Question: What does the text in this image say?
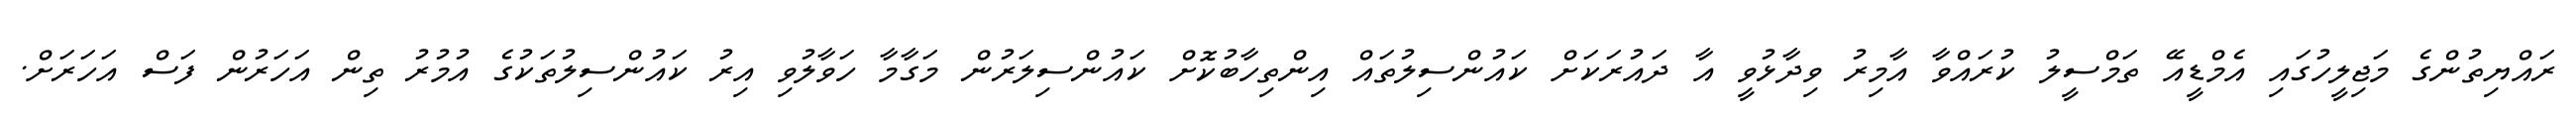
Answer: ރައްޔިތުންގެ މަޖިލީހުގައި އެމްޑީއޭ ތަމްސީލު ކުރައްވާ އާމިރު ވިދާޅުވީ އާ ދައުރަކަށް ކައުންސިލުތައް އިންތިހާބުކޮށް ކައުންސިލަރުން މަގާމާ ހަވާލުވި އިރު ކައުންސިލުތަކުގެ އުމުރު ތިން އަހަރުން ފަސް އަހަރަށް.